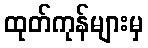
ထုတ်ကုန်များမှ